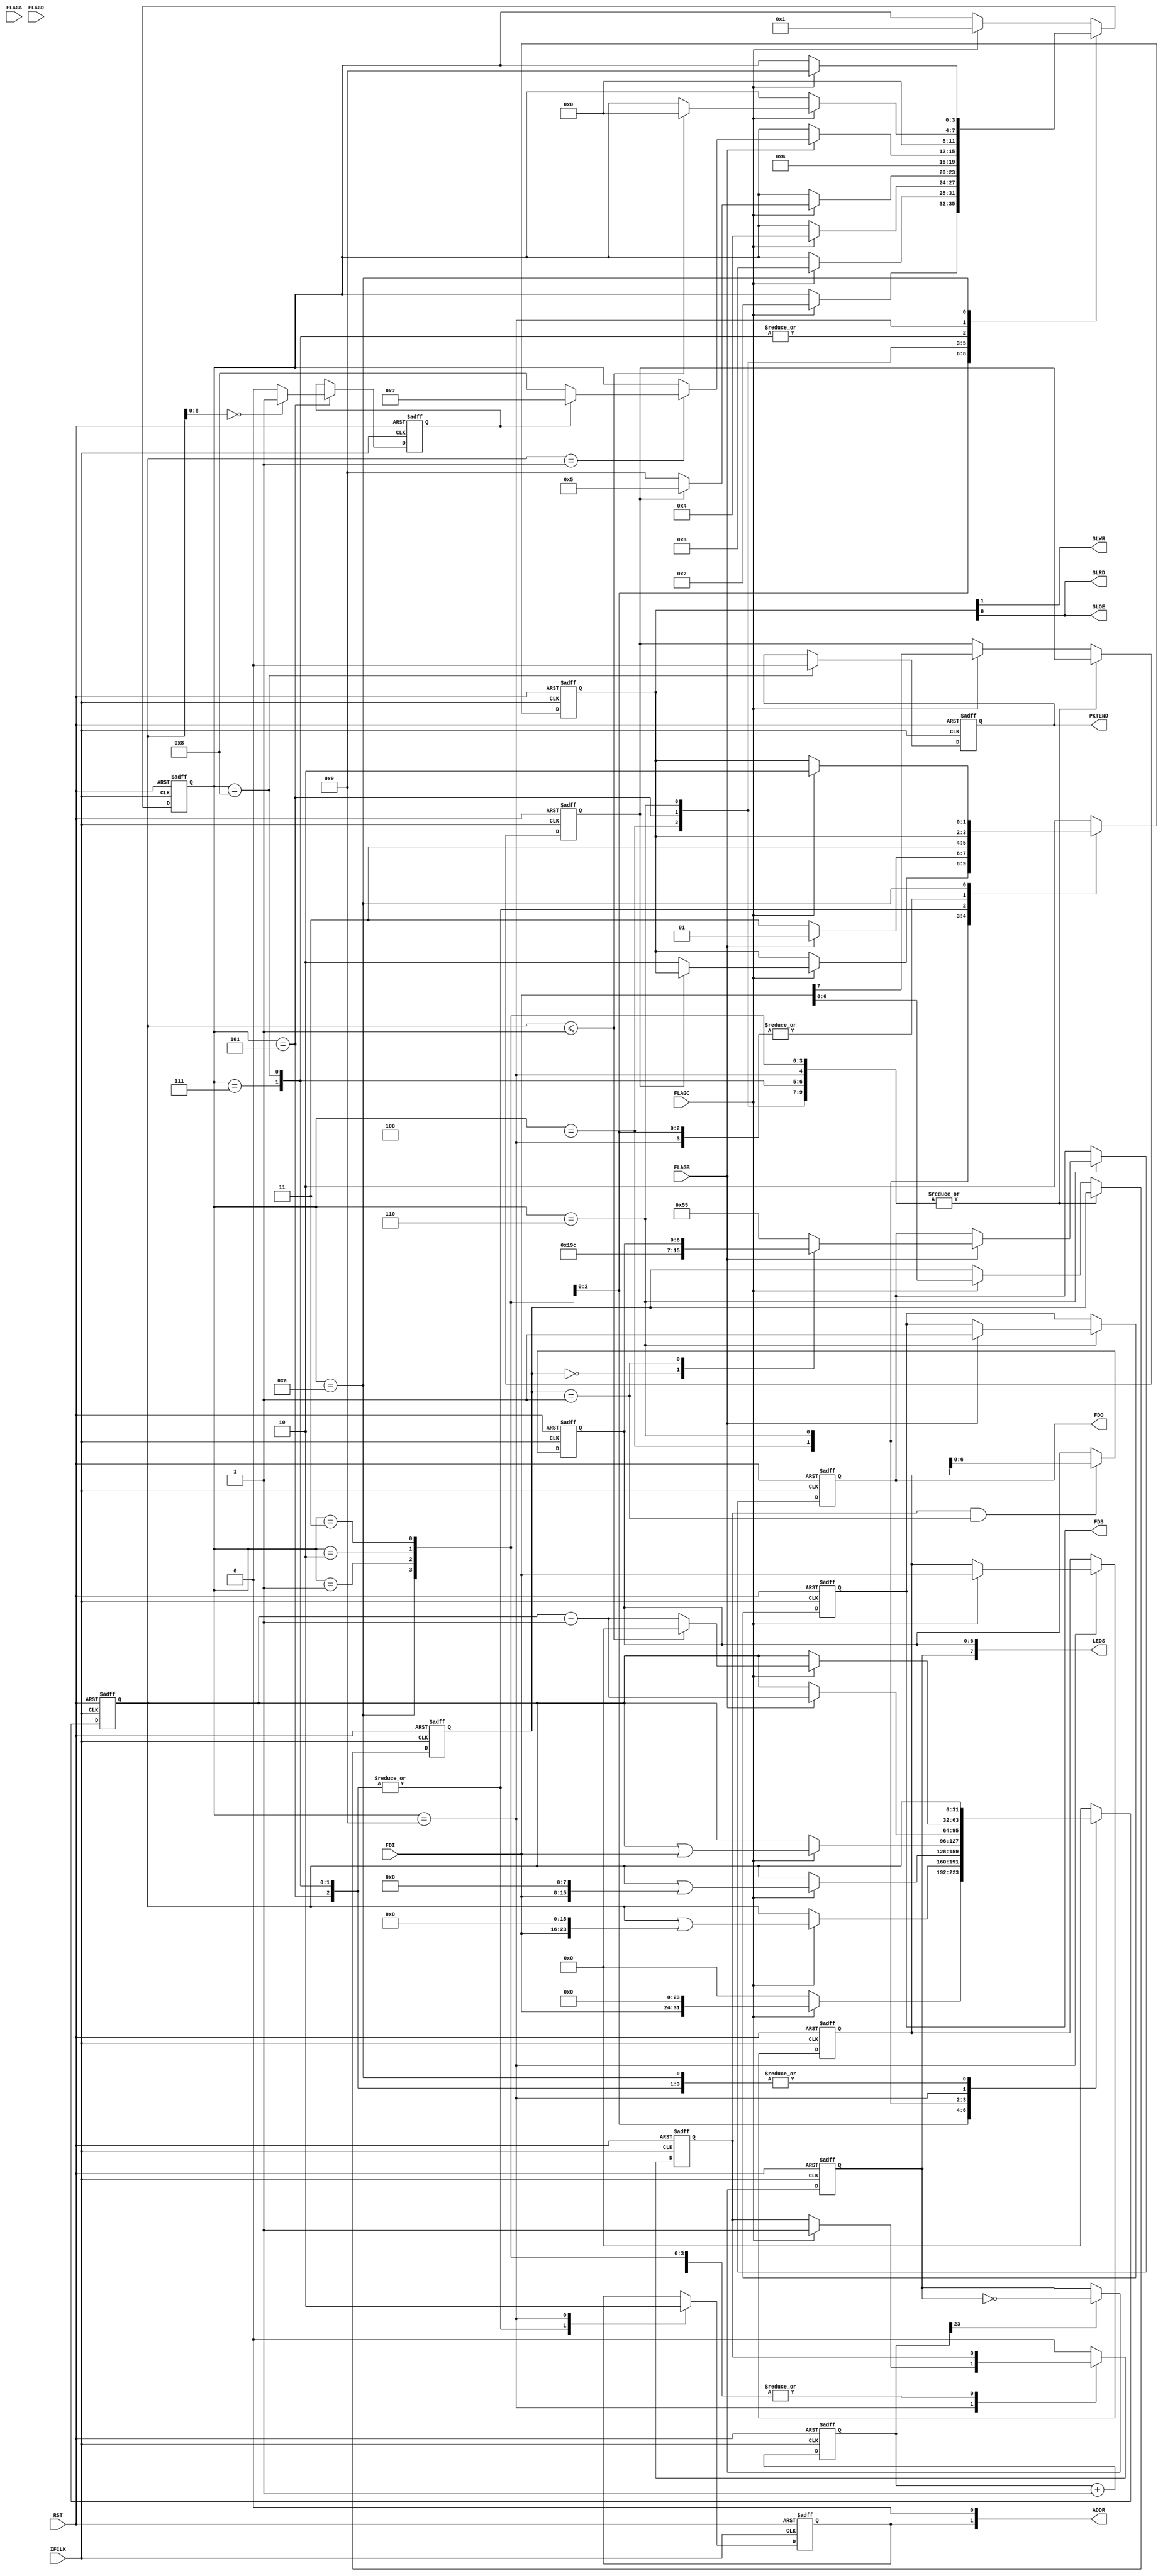
module fpgalink_nexys (
    IFCLK,
    RST,
    SLWR,
    SLRD,
    SLOE,
    FDI,
    FDO,
    FDS,
    ADDR,
    FLAGA,
    FLAGB,
    FLAGC,
    FLAGD,
    PKTEND,
    LEDS
);
// 

input IFCLK;
input RST;
output SLWR;
wire SLWR;
output SLRD;
wire SLRD;
output SLOE;
reg SLOE;
input [7:0] FDI;
output [7:0] FDO;
reg [7:0] FDO;
output FDS;
reg FDS;
output [1:0] ADDR;
reg [1:0] ADDR;
input FLAGA;
input FLAGB;
input FLAGC;
input FLAGD;
output PKTEND;
reg PKTEND;
output [7:0] LEDS;
reg [7:0] LEDS;

reg [23:0] tcnt;
reg f2hValid_in;
reg h2fReady_in;
reg fifosel;
reg [7:0] h2fData_out;
reg h2fValid_out;
reg [6:0] chanAddr_out;
reg [0:0] treg;
reg [6:0] lreg;
reg [7:0] f2hData_in;
reg g_fli_is_write;
reg [3:0] g_fli_state;
reg [31:0] g_fli_count;
reg g_fli_is_aligned;
reg [1:0] g_fli_fifop;
reg g_fli_flbus_ready_o;





always @(posedge IFCLK, negedge RST) begin: FPGALINK_NEXYS_G_FLI_HDL_SM
    if (RST == 0) begin
        g_fli_count <= 0;
        FDO <= 0;
        h2fValid_out <= 0;
        h2fData_out <= 0;
        g_fli_is_write <= 0;
        g_fli_fifop <= 3;
        g_fli_flbus_ready_o <= 0;
        FDS <= 0;
        g_fli_state <= 4'b0000;
        chanAddr_out <= 0;
        fifosel <= 0;
        PKTEND <= 0;
        g_fli_is_aligned <= 0;
    end
    else begin
        case (g_fli_state)
            4'b0001: begin
                if (FLAGC) begin
                    g_fli_count <= (FDI << 24);
                    g_fli_state <= 4'b0010;
                end
                else begin
                    g_fli_count <= 0;
                end
            end
            4'b0010: begin
                if (FLAGC) begin
                    g_fli_count <= (g_fli_count | (FDI << 16));
                    g_fli_state <= 4'b0011;
                end
            end
            4'b0011: begin
                if (FLAGC) begin
                    g_fli_count <= (g_fli_count | (FDI << 8));
                    g_fli_state <= 4'b0100;
                end
            end
            4'b0100: begin
                if (FLAGC) begin
                    g_fli_count <= (g_fli_count | FDI);
                    if (g_fli_is_write) begin
                        g_fli_state <= 4'b0101;
                    end
                    else begin
                        if (h2fReady_in) begin
                            g_fli_fifop <= 2;
                            g_fli_state <= 4'b1001;
                        end
                        else begin
                            g_fli_fifop <= 3;
                            g_fli_state <= 4'b1010;
                        end
                    end
                end
            end
            4'b0101: begin
                fifosel <= 1;
                g_fli_fifop <= 3;
                if ((g_fli_count[9-1:0] == 0)) begin
                    g_fli_is_aligned <= 1'b1;
                end
                else begin
                    g_fli_is_aligned <= 1'b0;
                end
                g_fli_state <= 4'b0110;
            end
            4'b0110: begin
                if (FLAGB) begin
                    g_fli_flbus_ready_o <= 1'b1;
                end
                if ((FLAGB && f2hValid_in)) begin
                    g_fli_fifop <= 1;
                    FDO <= f2hData_in;
                    FDS <= 1'b1;
                    g_fli_count <= (g_fli_count - 1);
                    if ((g_fli_count == 1)) begin
                        if (g_fli_is_aligned) begin
                            g_fli_state <= 4'b0111;
                        end
                        else begin
                            g_fli_state <= 4'b1000;
                        end
                    end
                end
                else begin
                    g_fli_fifop <= 3;
                end
            end
            4'b0111: begin
                fifosel <= 1;
                g_fli_fifop <= 3;
                g_fli_state <= 4'b0000;
            end
            4'b1000: begin
                fifosel <= 1;
                g_fli_fifop <= 3;
                PKTEND <= 1'b0;
                g_fli_state <= 4'b0000;
            end
            4'b1001: begin
                fifosel <= 0;
                if ((FLAGC && h2fReady_in)) begin
                    if ((!SLRD) !== 1) begin
                        $display("*** AssertionError ***");
                    end
                    h2fValid_out <= 1'b1;
                    h2fData_out <= FDI;
                    if ((g_fli_count <= 1)) begin
                        g_fli_state <= 4'b0000;
                        g_fli_count <= 0;
                    end
                    else begin
                        g_fli_count <= (g_fli_count - 1);
                    end
                end
            end
            4'b1010: begin
                if ((FLAGC && h2fReady_in)) begin
                    g_fli_state <= 4'b1001;
                    g_fli_fifop <= 2;
                end
            end
            default: begin
                g_fli_fifop <= 2;
                g_fli_count <= 0;
                h2fValid_out <= 1'b0;
                if (FLAGC) begin
                    chanAddr_out <= FDI[7-1:0];
                    g_fli_is_write <= FDI[7];
                    g_fli_state <= 4'b0001;
                end
            end
        endcase
    end
end



assign SLRD = g_fli_fifop[0];
assign SLWR = g_fli_fifop[1];


always @(posedge IFCLK, negedge RST) begin: FPGALINK_NEXYS_HDL_FL
    if (RST == 0) begin
        tcnt <= 0;
        treg <= 0;
        lreg <= 0;
    end
    else begin
        if ((h2fValid_out && (chanAddr_out == 1))) begin
            lreg <= h2fData_out;
        end
        tcnt <= (tcnt + 1);
        if (tcnt[23]) begin
            treg <= (!treg);
        end
    end
end


always @(treg, chanAddr_out, fifosel, lreg, SLRD) begin: FPGALINK_NEXYS_HDL_ASSIGNS
    ADDR[0] = 1'b0;
    ADDR[1] = fifosel;
    SLOE = SLRD;
    f2hValid_in = 1'b1;
    h2fReady_in = 1'b1;
    LEDS[7-1:0] = lreg;
    LEDS[7] = treg;
    case (chanAddr_out)
        'h0: begin
            f2hData_in = 206;
        end
        'h1: begin
            f2hData_in = lreg;
        end
        default: begin
            f2hData_in = 85;
        end
    endcase
end

endmodule